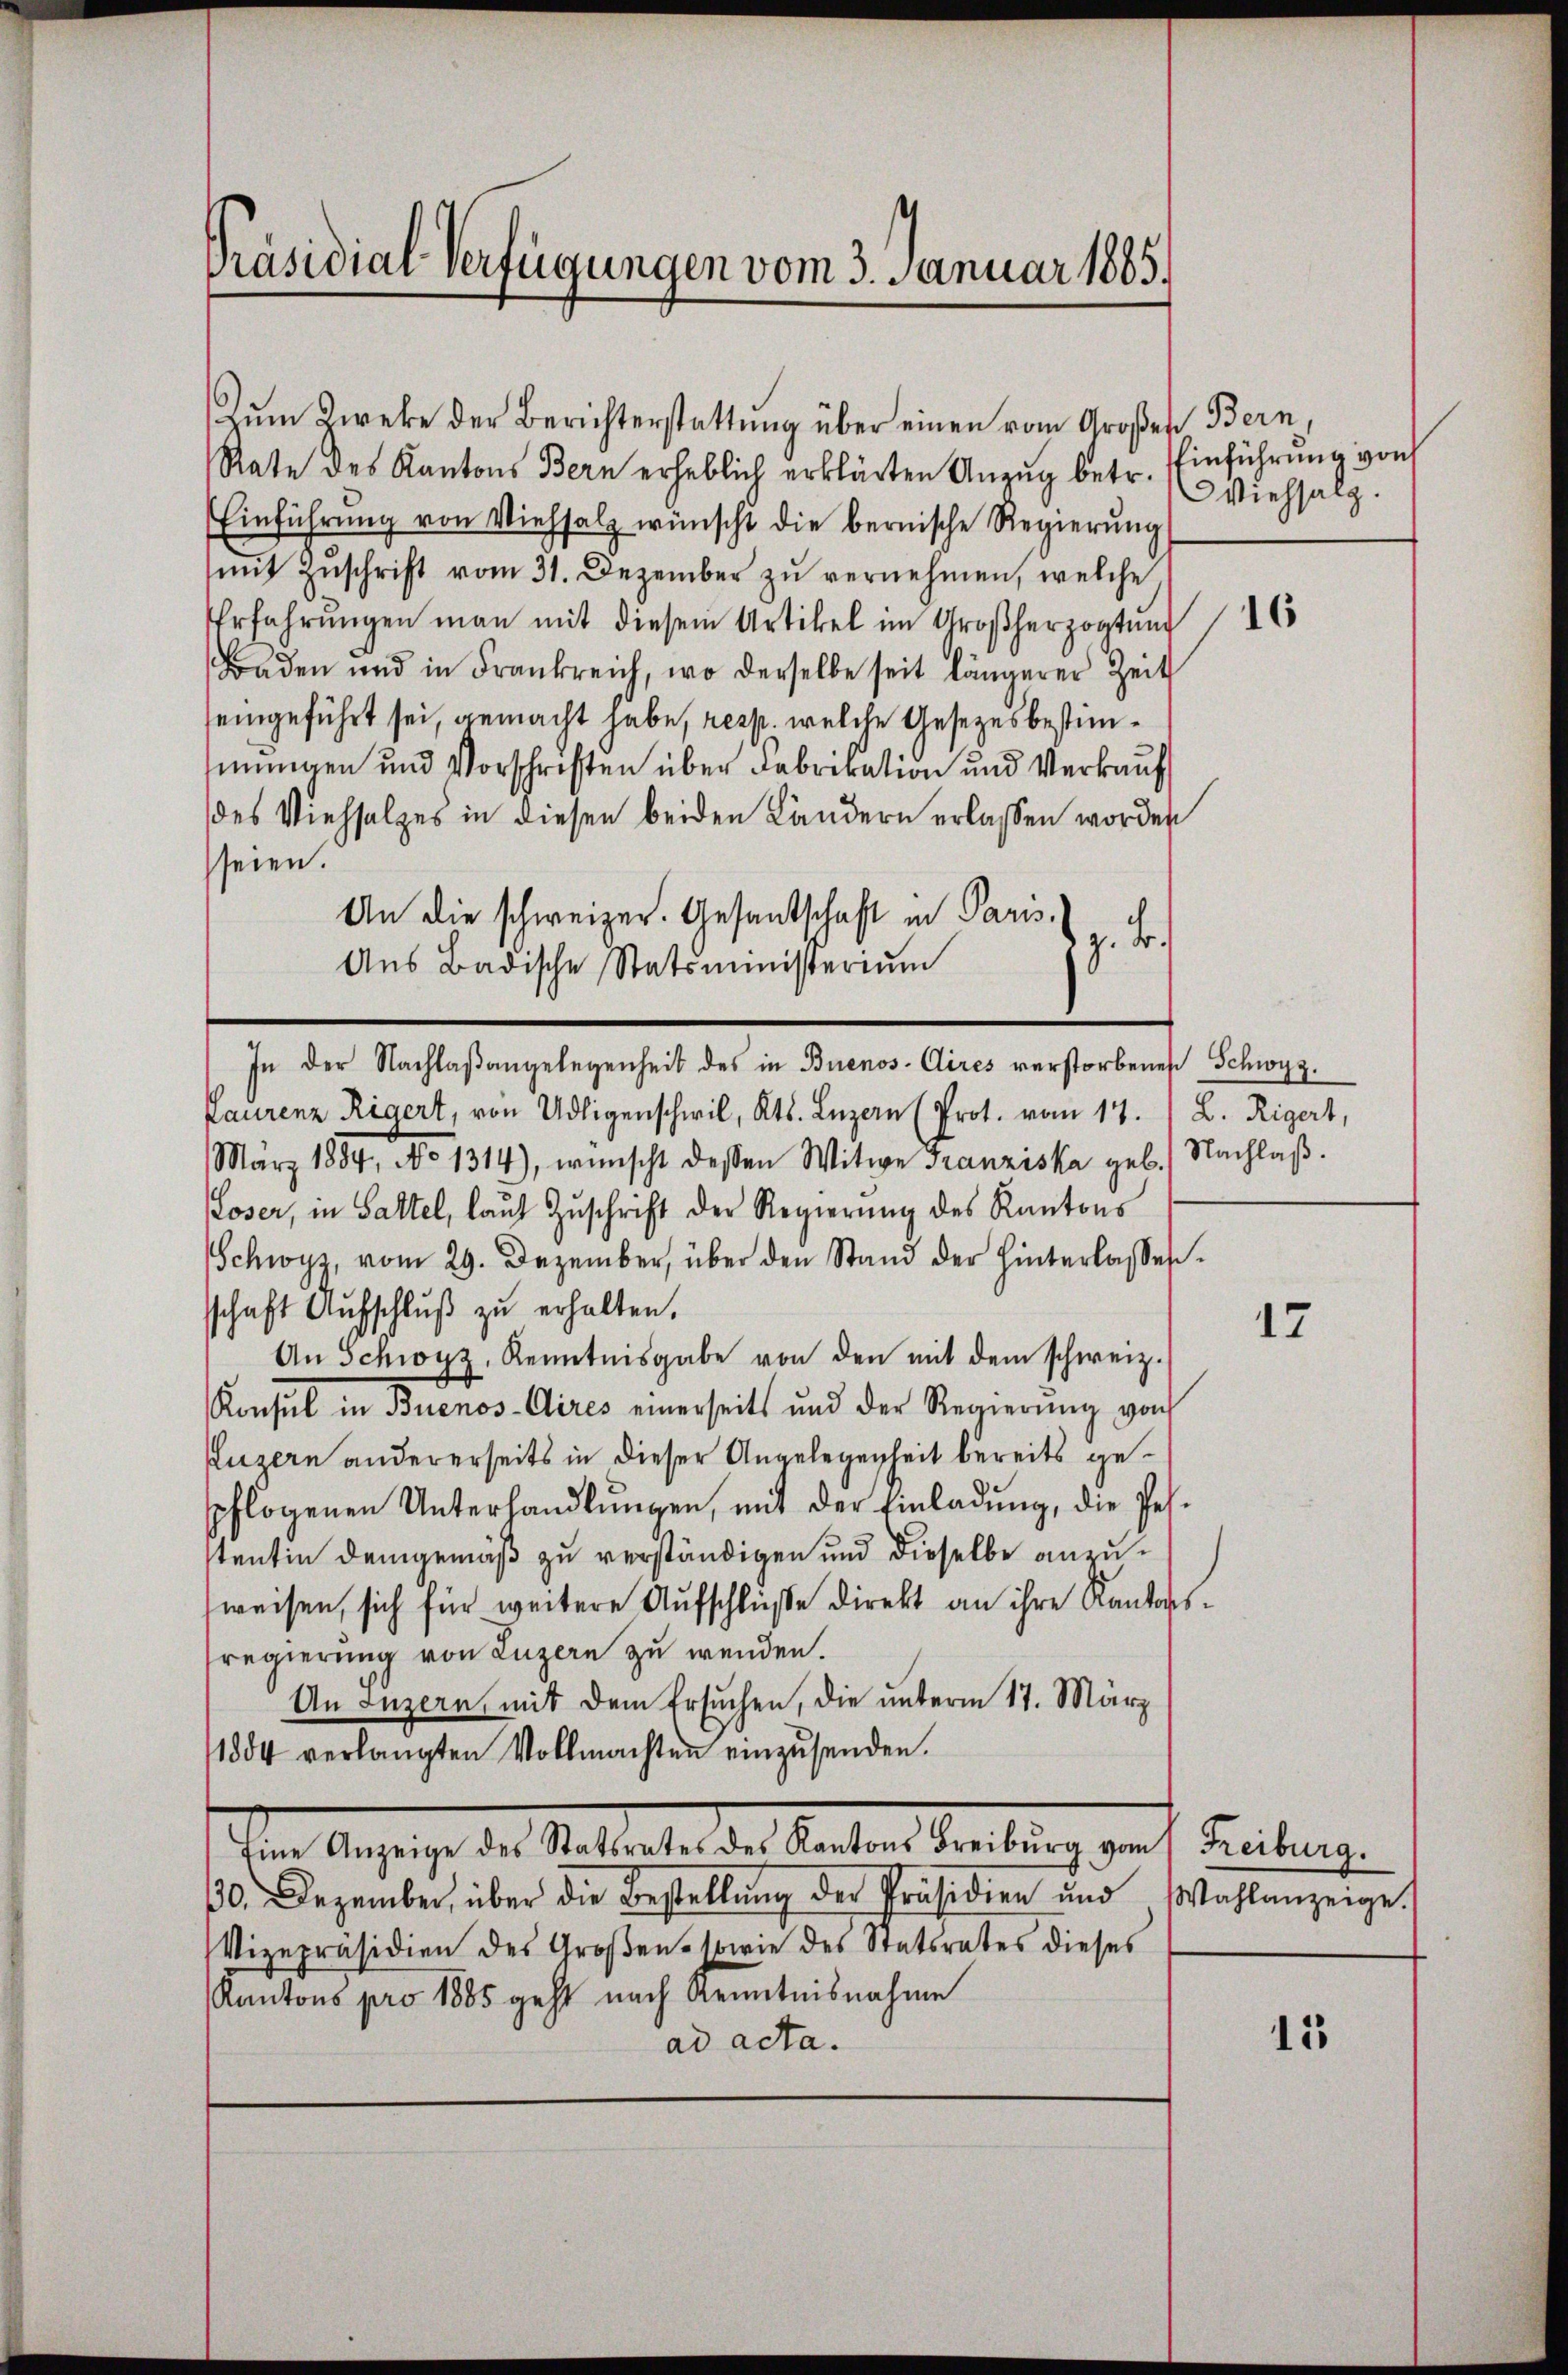
Präsidial-Verfügungen vom 3. Januar 1885.

Rate des Kantons Bern erheblich erklärten Anzug betr. Viehsalg.
Einführung von Viehsalz wünscht die bernische Regierŭng
mit Zuschrift vom 31. Dezember zu vernehmen, welche
Erfahrŭngen man mit diesem Artikel im Großherzogtung
Baden und in Frankreich, wo derselbe seit längerer Zeit
eingeführt sei, gemacht habe, resp. welche Gesetzes bestimmungen und Vorschriften über Fabrikation und Verkauf
des Viehsalzes in diesen beiden Ländern erlassen worden
seien.
An die schweizer. Gesantschaft in Paris
z. B.
Aus Badische Statsministerium
Laurenz Rigert, von Adligenschwil, Kts. Luzern (Prot. vom 17. L. Rigert,
März 1884, No 1314), wünscht dessen Witwe Franziska geb. Nachlaβ.
Loser, in Sattel, laŭt Zŭschrift der Regierŭng des Kantons
Schwyz, vom 29. Dezember, über den Stand der hinterlasses.
schaft Aŭfschlŭβ zŭ erhalten.
An Schwyz, Kenntnisgabe von den mit dem schweiz.
Konsul in Buenos-Aires einerseits und der Regierŭng von
Luzern andererseits in dieser Angelegenheit bereits gepflogenen Unterhandlŭngen, mit der Einladung, die Pesstentin demgemäß zu verständigen und dieselbe anzuweisen, sich für weitere Aufschlüße direkt an ihre Kantonssregierung von Luzern zu wenden.
An Luzern, mit dem Ersuchen, die unterm 17. März
1884 verlangten Vollmachten einzŭsenden.
den Anzeige der Stattete der Kanton Teilung durch Einlang
30. Dezember, über die Bestellung der Präsidien und
Vizepräsidien des Großen sowie des Statsrates dieses
Kantons pro 1885 geht nach Kenntnisnahme
ad acta.

Zum Zweke der Berichterstattung über einen vom Großen Bern,

In der Nachlaßangelegenheit des in Buenos-Cires verstorbenes Schwyz.

Einführung von

17

Wahlanzeige.

15